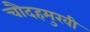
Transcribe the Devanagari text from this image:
चौदहमुखी